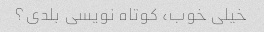
خیلی خوب، کوتاه نویسی بلدی؟